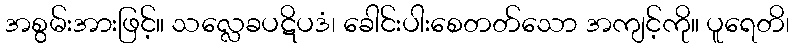
အစွမ်းအားဖြင့်။ သလ္လေခပဋိပဒံ၊ ခေါင်းပါးစေတတ်သော အကျင့်ကို။ ပူရေတိ၊